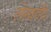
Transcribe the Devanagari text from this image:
लेखादि